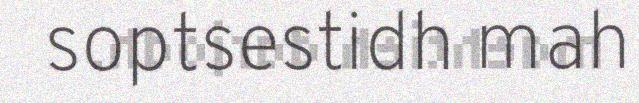
soptsestidh mah